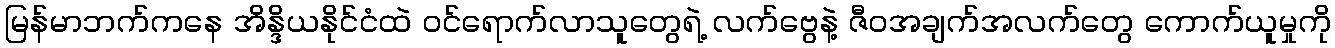
မြန်မာဘက်ကနေ အိန္ဒိယနိုင်ငံထဲ ဝင်ရောက်လာသူတွေရဲ့ လက်ဗွေနဲ့ ဇီဝအချက်အလက်တွေ ကောက်ယူမှုကို